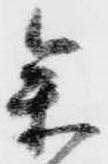
参